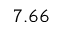
7 . 6 6